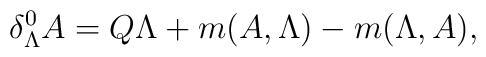
\delta_\Lambda^0 A = Q\Lambda+m(A,\Lambda)-m(\Lambda,A),